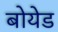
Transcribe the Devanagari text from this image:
बोयेड